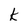
Character: k